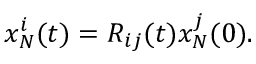
\begin{array} { r } { x _ { N } ^ { i } ( t ) = R _ { i j } ( t ) x _ { N } ^ { j } ( 0 ) . } \end{array}